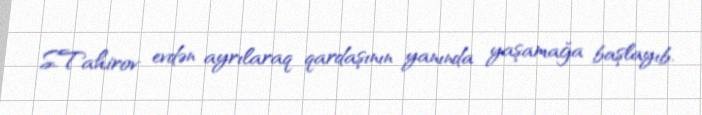
S.Tahirov evdən ayrılaraq qardaşının yanında yaşamağa başlayıb.